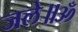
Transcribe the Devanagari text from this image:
जले॥ॐ